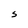
Character: s